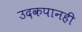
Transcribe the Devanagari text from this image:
उदकपानही